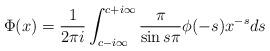
LaTeX: \begin{align*}\Phi(x)=\frac{1}{2 \pi i} \int_{c-i \infty}^{c+i \infty} \frac{\pi}{\sin s \pi} \phi(-s) x^{-s} d s\end{align*}